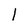
Character: l